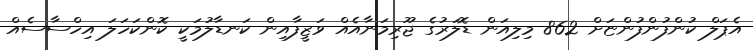
އެޕަލް ކުންފުންފުންޏަށް 862 މިލިއަން ޑޮލަރުގެ ޖޫރިމަނާއެއް ވަޒީފާއިން ކަނޑާލުމަކީ ކޮންކަހަލަ އިހްސާސެއް